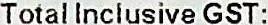
TOTAL INCLUSIVE GST: